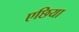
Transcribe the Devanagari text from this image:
एछिया